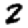
Digit: 2